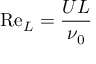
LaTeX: \mathrm { R e } _ { L } = { \frac { U L } { \nu _ { 0 } } }